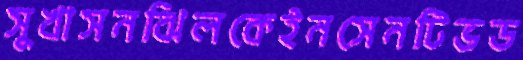
সুখাসনঝিলকেইনসেনটিভড